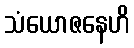
သံယောဇနေဟိ